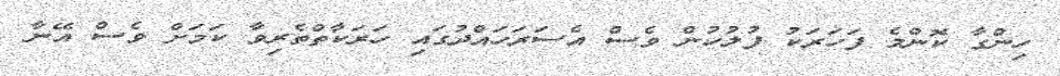
ހިންގާ ކޮންމެ ފަހަރަކު ފުލުހުން ވެސް އެސަރަހައްދުގައި ހަރަކާތްތެރިވާ ކަމަށް ވެސް އޭނާ